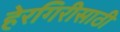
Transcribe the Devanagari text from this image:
हेरगिरीसाठी